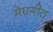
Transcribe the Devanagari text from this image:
मेघगीत